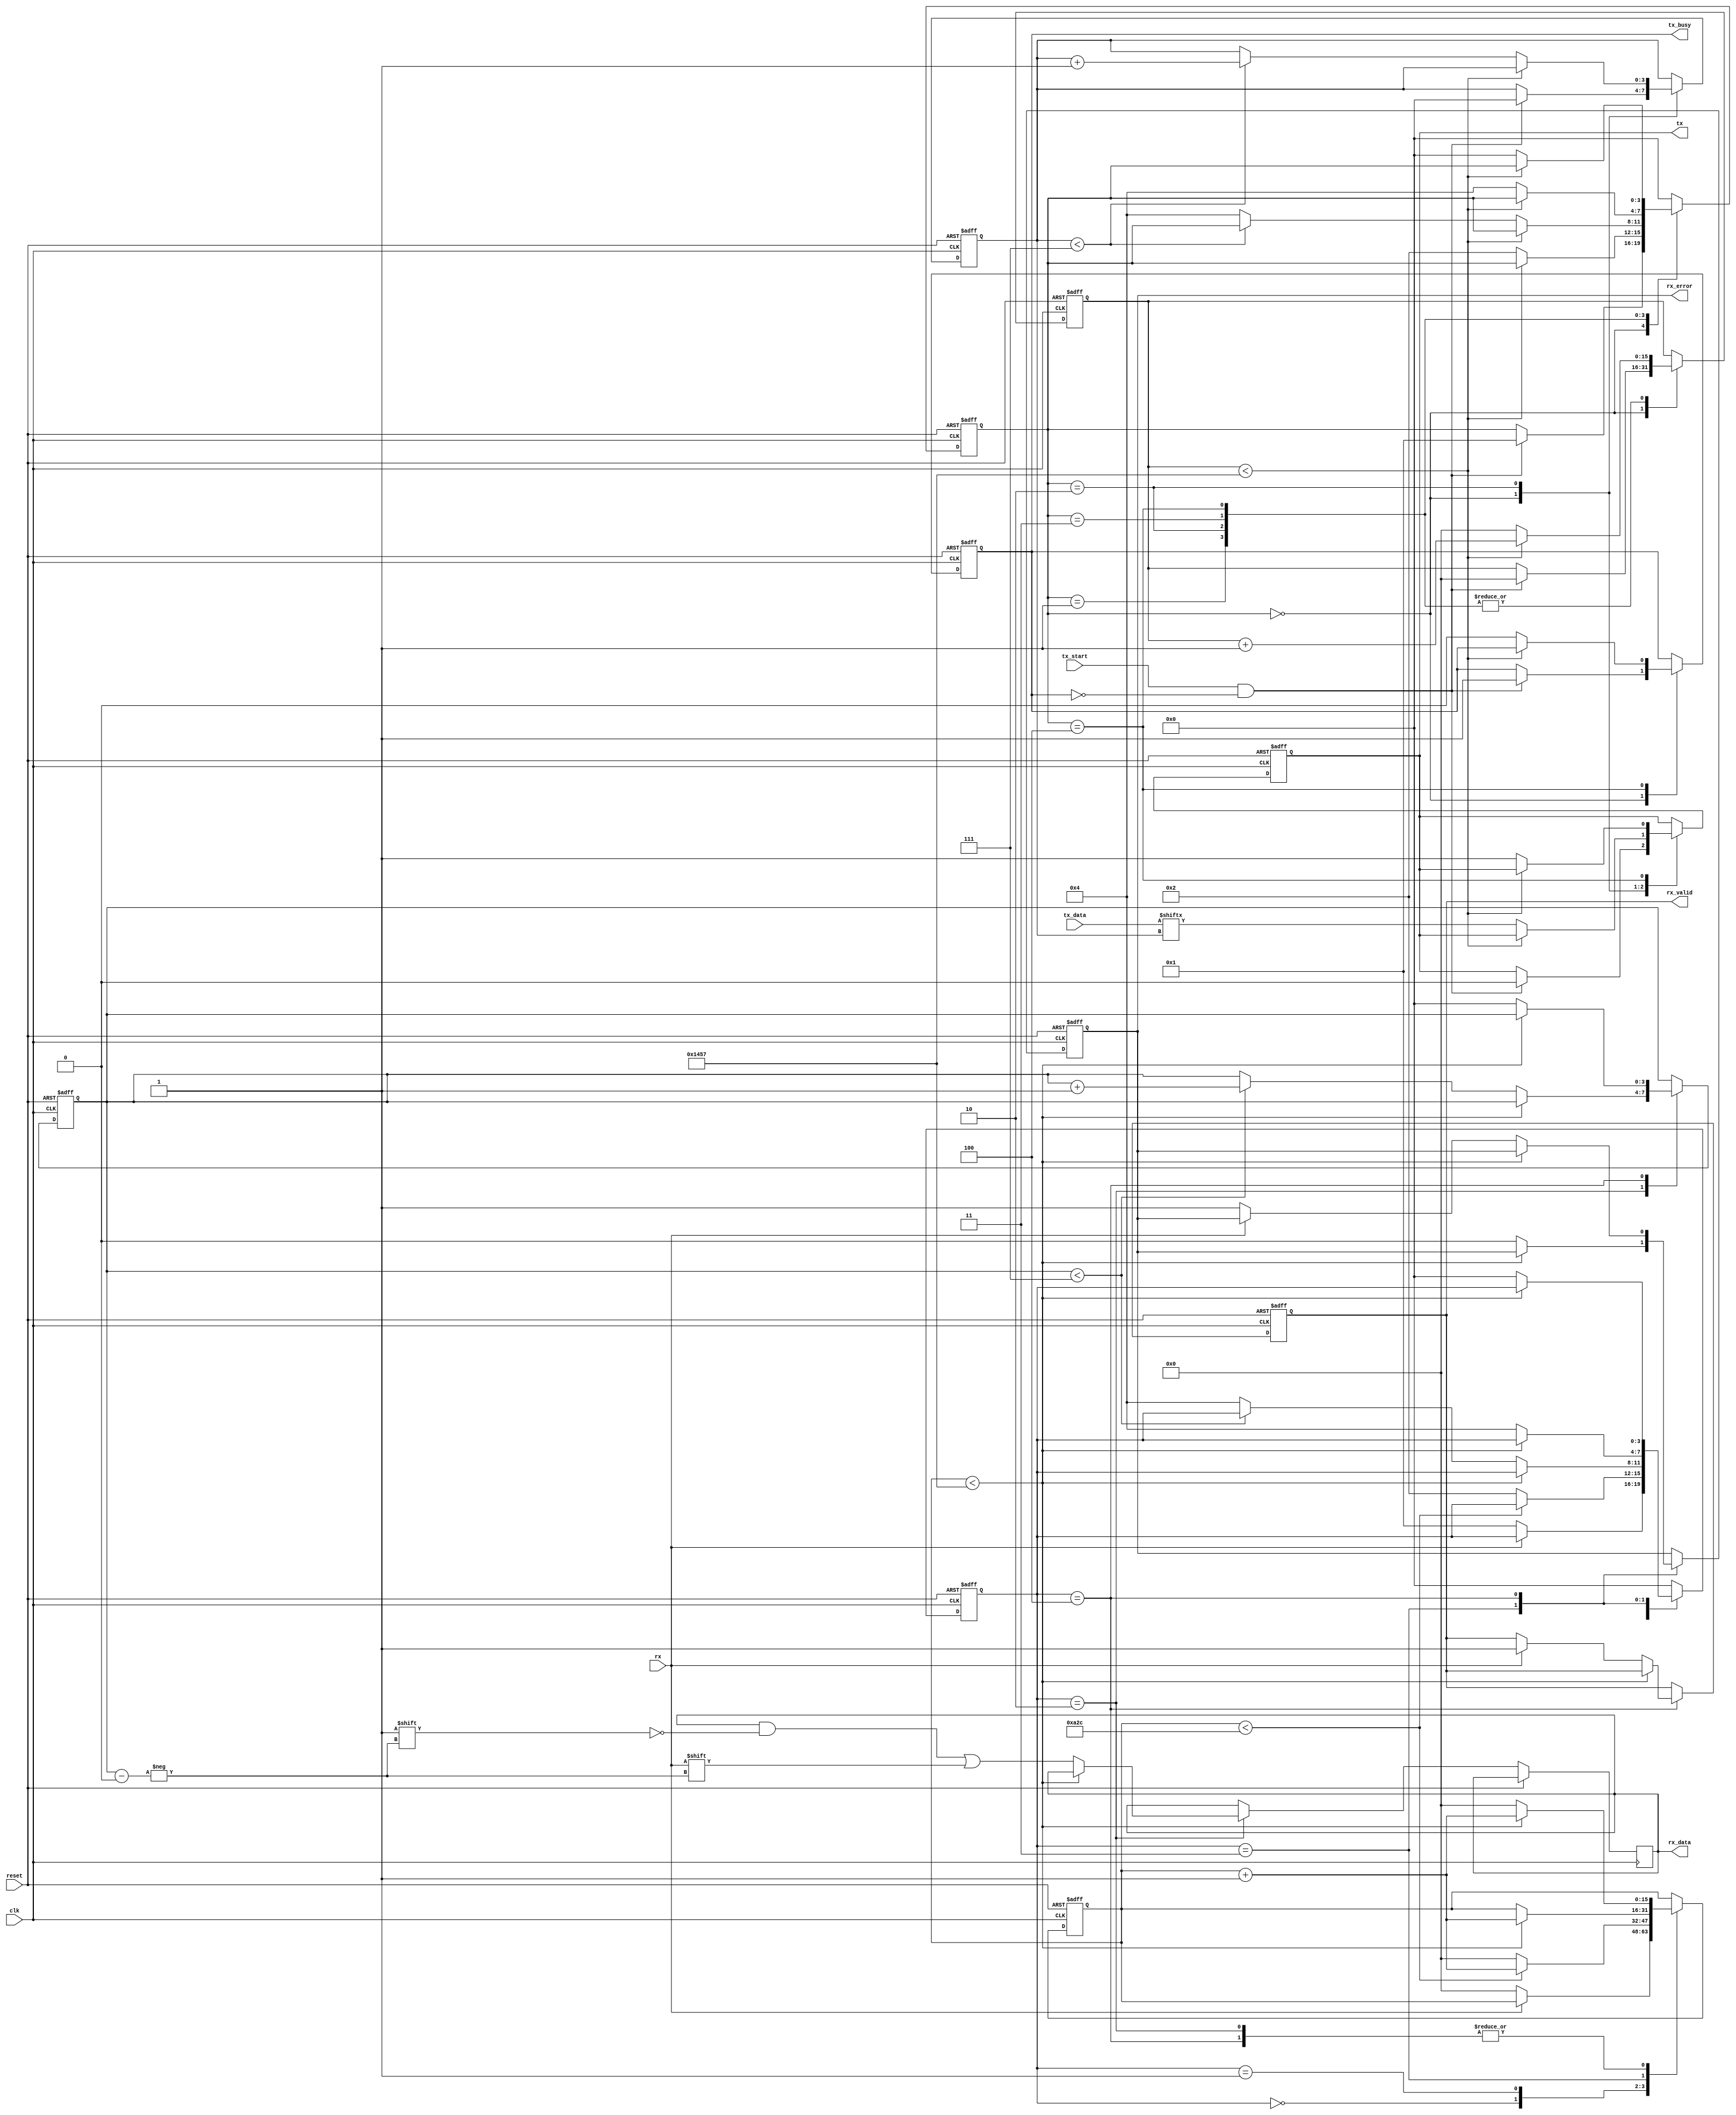
module parameterized_uart #(
    parameter BAUD_RATE = 9600,
    parameter DATA_WIDTH = 8,
    parameter STOP_BITS = 1,
    parameter PARITY = "NONE"  // Options: "NONE", "EVEN", "ODD"
)(
    input wire clk,
    input wire reset,
    
    input wire [DATA_WIDTH-1:0] tx_data,
    input wire tx_start,
    output reg tx,
    output reg tx_busy,

    input wire rx,
    output reg [DATA_WIDTH-1:0] rx_data,
    output reg rx_valid,
    output reg rx_error
);

    localparam CLOCK_FREQ = 50000000; // Change according to your system clock
    localparam BAUD_DIV = CLOCK_FREQ / BAUD_RATE;

    // Transmitter states
    localparam TX_IDLE = 0;
    localparam TX_START = 1;
    localparam TX_DATA = 2;
    localparam TX_PARITY = 3;
    localparam TX_STOP = 4;

    reg [3:0] tx_state;
    reg [3:0] tx_bit_counter;
    reg [15:0] tx_clk_counter;

    // Receiver states
    localparam RX_IDLE = 0;
    localparam RX_START = 1;
    localparam RX_DATA = 2;
    localparam RX_PARITY = 3;
    localparam RX_STOP = 4;

    reg [3:0] rx_state;
    reg [3:0] rx_bit_counter;
    reg [15:0] rx_clk_counter;

    // Generate TX Logic
    always @(posedge clk or posedge reset) begin
        if (reset) begin
            tx_state <= TX_IDLE;
            tx <= 1'b1; // Idle state is high
            tx_busy <= 1'b0;
            tx_clk_counter <= 0;
            tx_bit_counter <= 0;
        end else begin
            case (tx_state)
                TX_IDLE: begin
                    if (tx_start && !tx_busy) begin
                        tx_busy <= 1'b1;
                        tx <= 1'b0; // Start bit
                        tx_state <= TX_START;
                        tx_clk_counter <= 0;
                        tx_bit_counter <= 0;
                    end
                end
                
                TX_START: begin
                    if (tx_clk_counter < BAUD_DIV-1) begin
                        tx_clk_counter <= tx_clk_counter + 1;
                    end else begin
                        tx_clk_counter <= 0;
                        tx_state <= TX_DATA;
                    end
                end

                TX_DATA: begin
                    if (tx_clk_counter < BAUD_DIV-1) begin
                        tx_clk_counter <= tx_clk_counter + 1;
                    end else begin
                        tx_clk_counter <= 0;
                        tx <= tx_data[tx_bit_counter]; // Transmit data bits
                        if (tx_bit_counter < DATA_WIDTH-1) begin
                            tx_bit_counter <= tx_bit_counter + 1;
                        end else begin
                            tx_state <= (PARITY == "NONE") ? TX_STOP : TX_PARITY;
                        end
                    end
                end

                TX_PARITY: begin
                    if (tx_clk_counter < BAUD_DIV-1) begin
                        tx_clk_counter <= tx_clk_counter + 1;
                    end else begin
                        tx_clk_counter <= 0;
                        // Calculate parity and transmit it
                        if (PARITY == "EVEN") begin
                            tx <= ~(^tx_data); // Even parity
                        end else if (PARITY == "ODD") begin
                            tx <= ^tx_data; // Odd parity
                        end
                        tx_state <= TX_STOP;
                    end
                end

                TX_STOP: begin
                    if (tx_clk_counter < BAUD_DIV-1) begin
                        tx_clk_counter <= tx_clk_counter + 1;
                    end else begin
                        tx_clk_counter <= 0;
                        tx <= 1'b1; // Stop bit
                        tx_busy <= 1'b0;
                        tx_state <= TX_IDLE;
                    end
                end

                default: tx_state <= TX_IDLE;
            endcase
        end
    end

    // Generate RX Logic
    always @(posedge clk or posedge reset) begin
        if (reset) begin
            rx_state <= RX_IDLE;
            rx_valid <= 1'b0;
            rx_error <= 1'b0;
            rx_bit_counter <= 0;
            rx_clk_counter <= 0;
        end else begin
            case (rx_state)
                RX_IDLE: begin
                    if (rx == 1'b0) begin // Start bit detected
                        rx_state <= RX_START;
                        rx_clk_counter <= 0;
                    end
                end

                RX_START: begin
                    if (rx_clk_counter < BAUD_DIV/2) begin // Wait for half of baud rate
                        rx_clk_counter <= rx_clk_counter + 1;
                    end else begin
                        rx_clk_counter <= 0;
                        rx_state <= RX_DATA;
                    end
                end

                RX_DATA: begin
                    if (rx_clk_counter < BAUD_DIV-1) begin
                        rx_clk_counter <= rx_clk_counter + 1;
                    end else begin
                        rx_clk_counter <= 0;
                        rx_data[rx_bit_counter] <= rx; // Sample data bit
                        if (rx_bit_counter < DATA_WIDTH-1) begin
                            rx_bit_counter <= rx_bit_counter + 1;
                        end else begin
                            rx_state <= (PARITY == "NONE") ? RX_STOP : RX_PARITY;
                        end
                    end
                end

                RX_PARITY: begin
                    if (rx_clk_counter < BAUD_DIV-1) begin
                        rx_clk_counter <= rx_clk_counter + 1;
                    end else begin
                        // Check parity
                        if (PARITY == "EVEN" && (rx !== ~(^rx_data))) begin
                            rx_error <= 1'b1; // Parity error
                        end else if (PARITY == "ODD" && (rx !== ^rx_data)) begin
                            rx_error <= 1'b1; // Parity error
                        end else begin
                            rx_error <= 1'b0;
                        end
                        rx_state <= RX_STOP;
                    end
                end

                RX_STOP: begin
                    if (rx_clk_counter < BAUD_DIV-1) begin
                        rx_clk_counter <= rx_clk_counter + 1;
                    end else begin
                        rx_clk_counter <= 0;
                        if (rx == 1'b1) begin // Stop bit must be high
                            rx_valid <= 1'b1; // Data is valid
                        end else begin
                            rx_error <= 1'b1; // Framing error
                        end
                        rx_bit_counter <= 0; // Reset bit counter
                        rx_state <= RX_IDLE; // Go back to idle state
                    end
                end

                default: rx_state <= RX_IDLE;
            endcase
        end
    end

endmodule